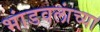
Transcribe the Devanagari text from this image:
भांडवलांच्या